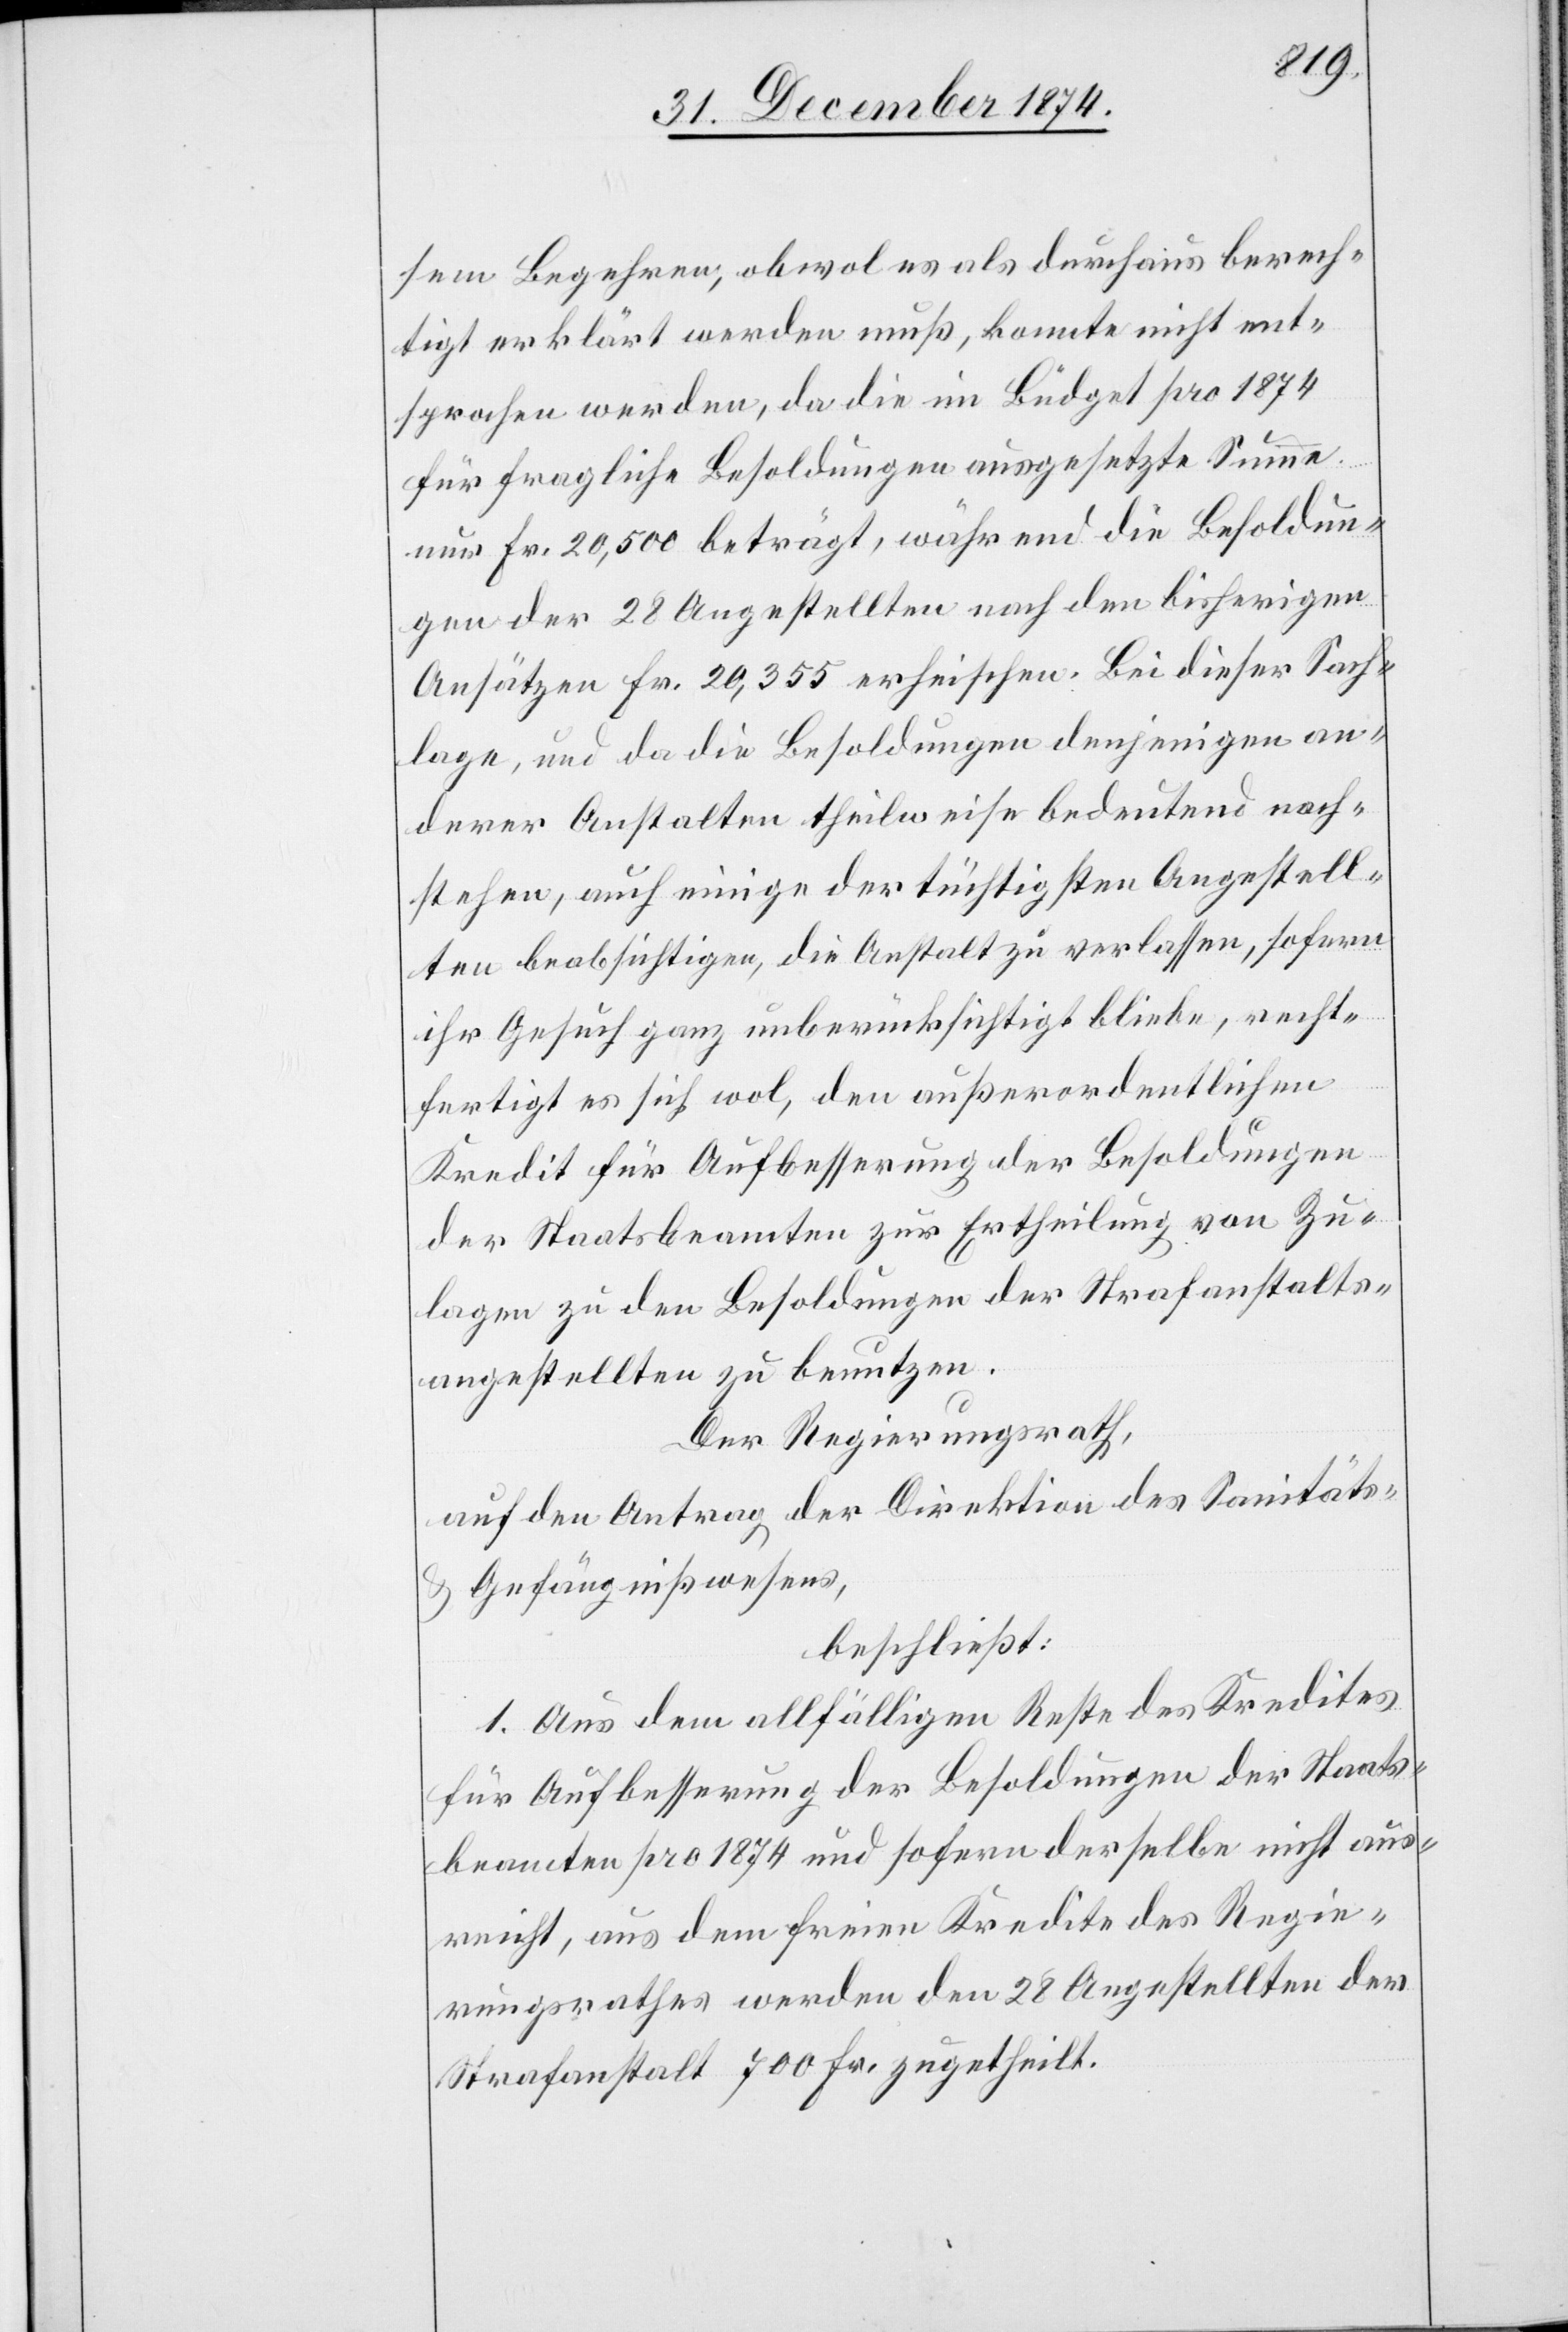
sem Begehren, obwol es als durchaus berech¬
tigt erklärt werden muß, konnte nicht ent¬
sprochen werden, da die im Büdget pro 1874
für fragliche Besoldungen ausgesetzte Summe
nur Fr. 20,500 beträgt, während die Besoldun¬
gen der 28 Angestellten nach den bisherigen
Ansätzen Fr. 20,355 erheischen. Bei dieser Sach¬
lage, und da die Besoldungen denjenigen an¬
derer Anstalten theilweise bedeutend nach¬
stehen, auch einige der tüchtigsten Angestell¬
ten beabsichtigen, die Anstalt zu verlassen, sofern
ihr Gesuch ganz unberücksichtigt bliebe, recht¬
fertigt es sich wol, den außerordentlichen
Kredit für Aufbesserung der Besoldungen
der Staatsbeamten zur Ertheilung von Zu¬
lagen zu den Besoldungen der Strafanstalts¬
angestellten zu benutzen.
Der Regierungsrath,
auf den Antrag der Direktion des Sanitäts-
& Gefängnißwesens,
beschließt:
1. Aus dem allfälligen Reste des Kredites
für Aufbesserung der Besoldungen der Staats¬
beamten pro 1874 und sofern derselbe nicht aus¬
reicht, aus dem freien Kredite des Regie¬
rungsrathes werden den 28 Angestellten der
Strafanstalt 700 Fr. zugetheilt.